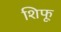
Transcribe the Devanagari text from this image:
शिफू